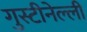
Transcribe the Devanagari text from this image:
गुस्टीनेल्ली